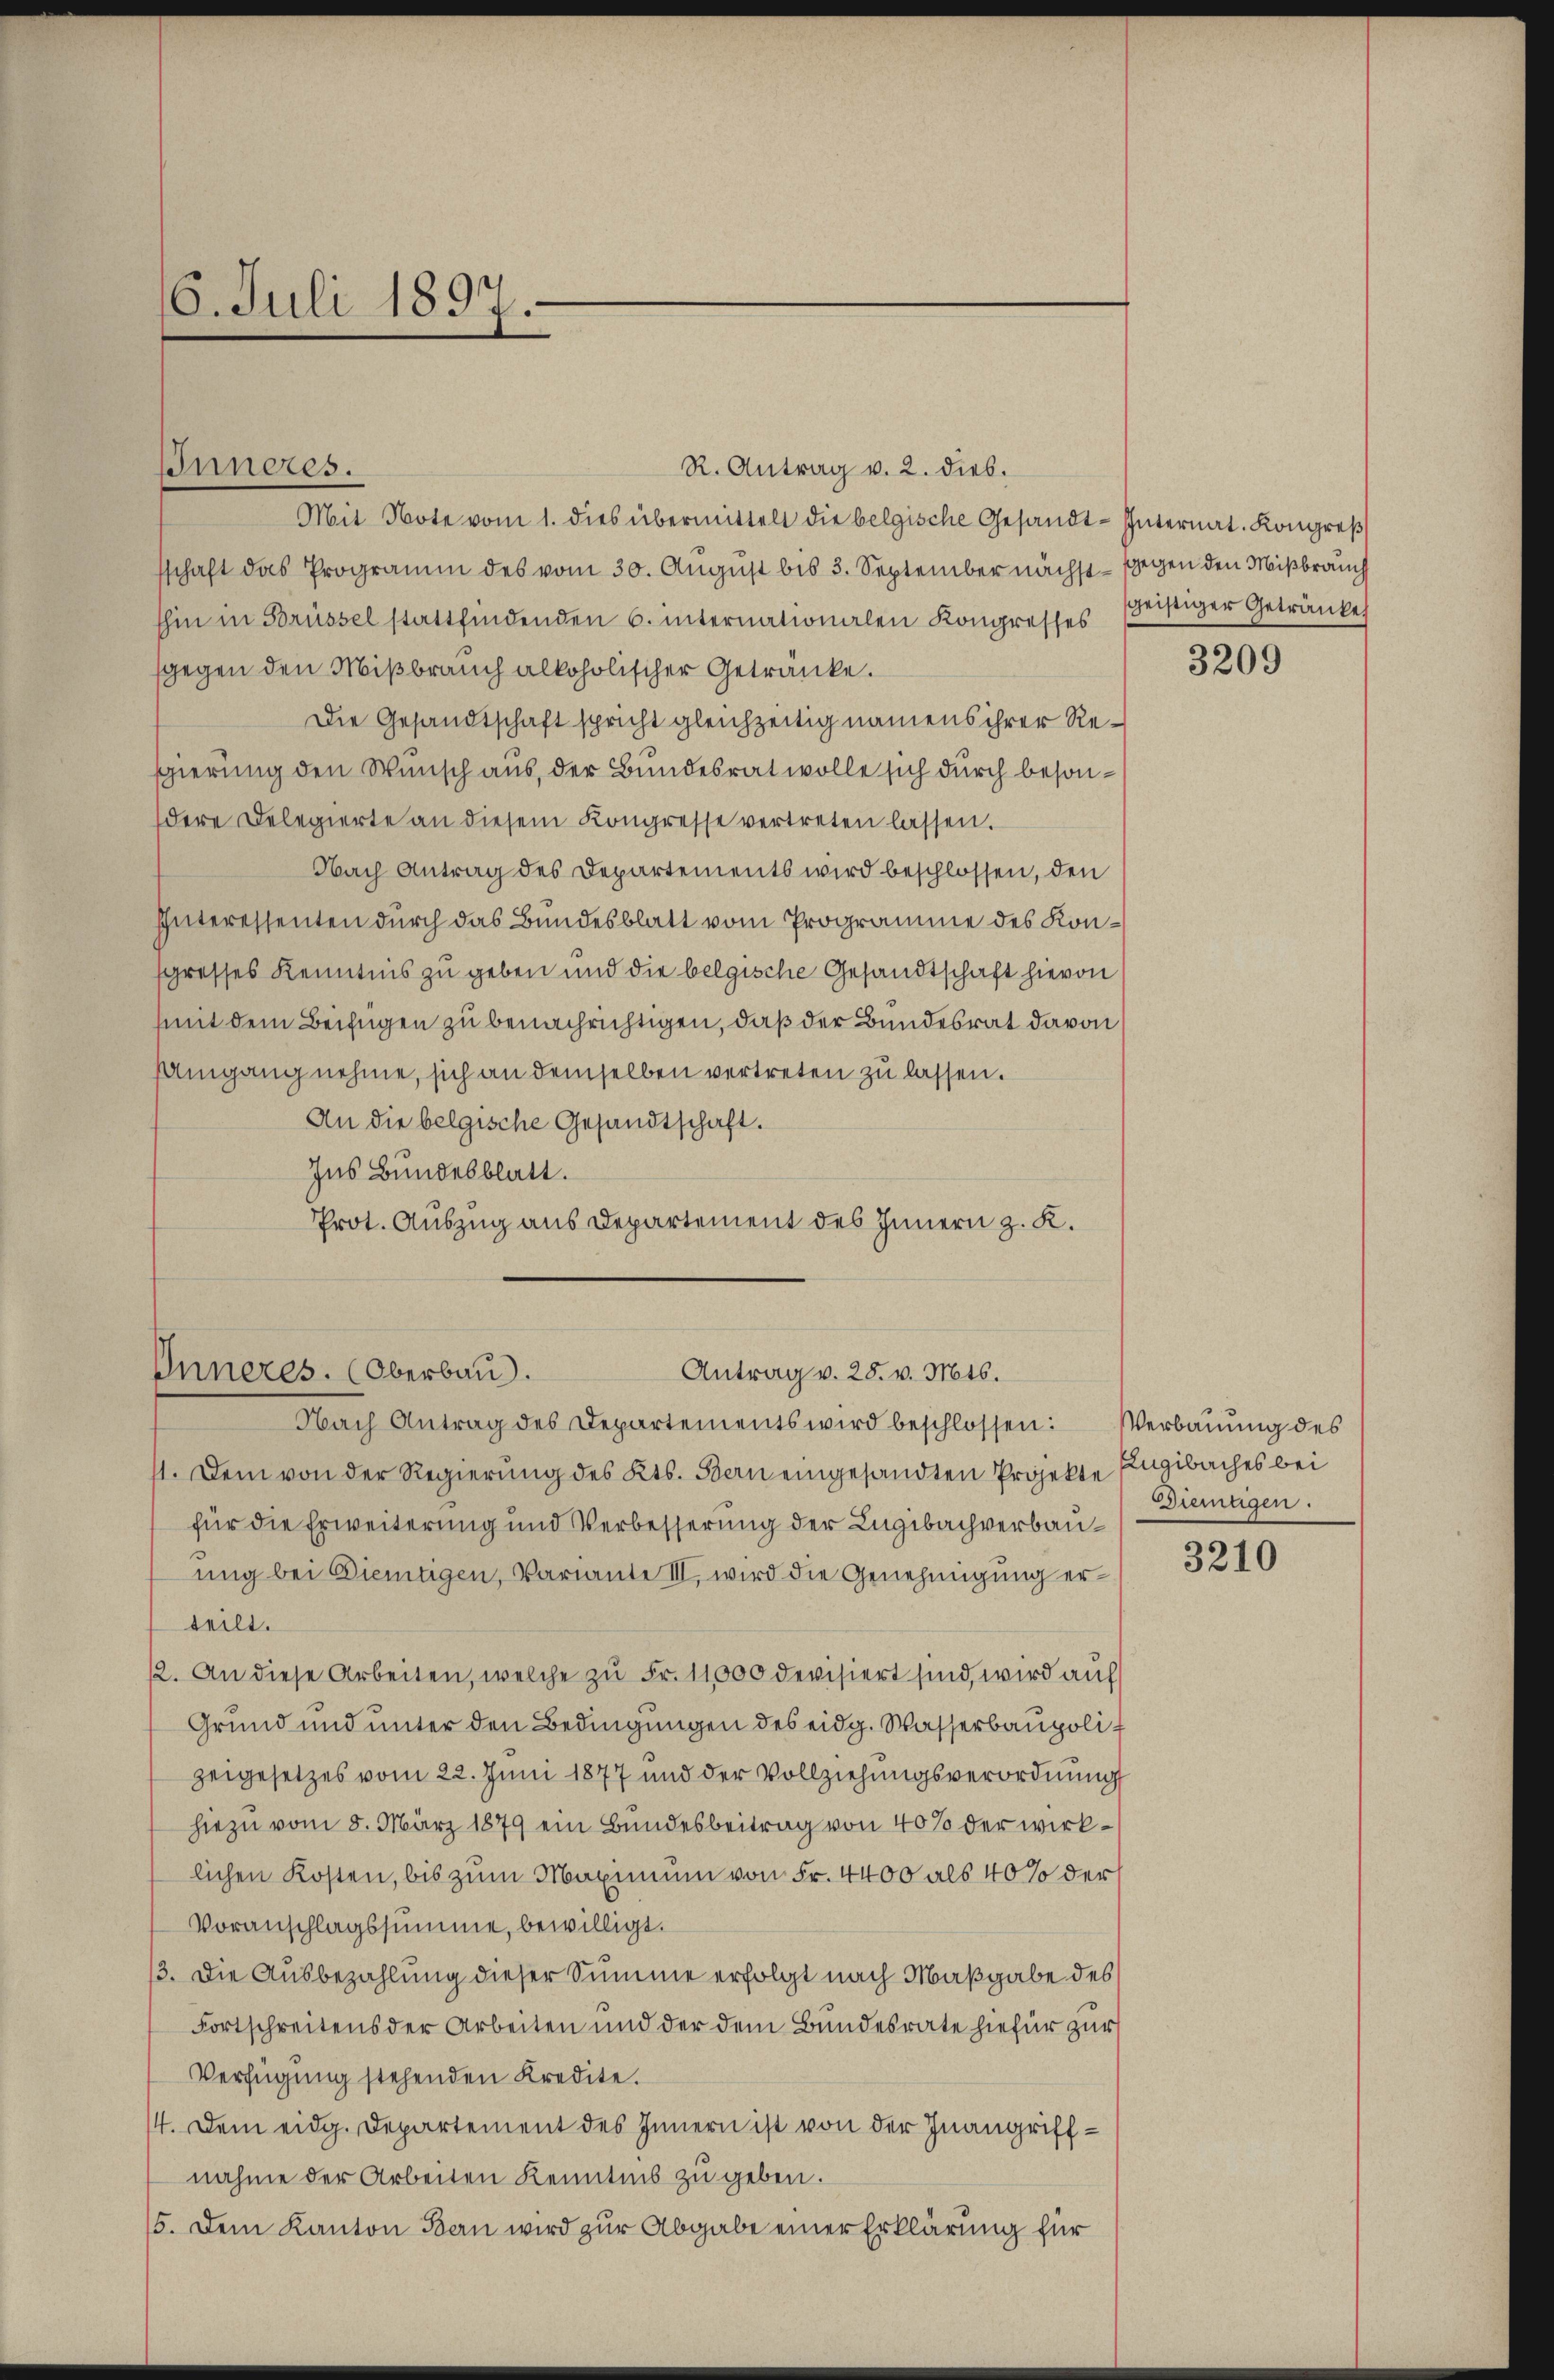
16. Juli 1897.

R. Antrag v. 2. dieb.
Mit Note vom 1. dies übermittelt die belgische Gesandt-Internat. Kongreß
sschaft das Programm des vom 30. August bis 3. September nächst - gegen den Mißbrauch
shin in Brüssel stattfindenden 6. internationalen Kongresses seistiger Getränke
gegen den Mißbrauch alkoholischer Getränke.
Die Gesandtschaft spricht gleichzeitig namens ihrer Resgierung den Wunsch aus, der Bundesrat wolle sich durch besondere Delegierte an diesem Kongresse vertreten lassen.
Nach Antrag des Departements wird beschlossen, den
Interessenten durch das Bundesblatt vom Programme des Kongresses Kenntnis zu geben und die belgische Gesandtschaft hievon
mit dem Beifügen zu benachrichtigen, daß der Bundesrat davon
Umgang nehme, sich an demselben vertreten zu lassen.
An die belgische Gesandtschaft.
Ins Bundesblatt.
Prot. Auszug aus Departement des Innern z. K.

Inneres.

11. Dem von der Regierung des Kts. Bern eingesandten Projekte Engibaches bei
für die Erweiterung und Verbesserung der Lugibachverbauung bei Dientigen, Variante III, wird die Genehmigung erteilt.
2. An diese Arbeiten, welche zu Fr. 11,000 devisiert sind, wird auf
Grund und unter den Bedingungen des eidg. Wasserbaupolit
zeigesetzes vom 22. Juni 1877 und der Vollziehungsverordnung
hiezu vom 8. März 1879 ein Bundesbeitrag von 40% der wirklichen Kosten, bis zum Maximum von Fr. 4400 als 40% der
Voranschlagssumme, bewilligt.
13. Die Ausbezahlung dieser Summe erfolgt nach Maßgabe des
Fortschreitens der Arbeiten und der dem Bundesrate hiefür zur
Verfügung stehenden Kredite.
14. Dem eidg. Departement des Innern ist von der Inangriffnahme der Arbeiten Kenntnis zu geben.
15. Dem Kanton Bern wird zur Abgabe einer Erklärung für

Antrag v. 28. v. Mts.
Inneres. (Oberbau.
Nach Antrag des Departements wird beschlossen: Verbauung des

3209

Dietigen.

3210